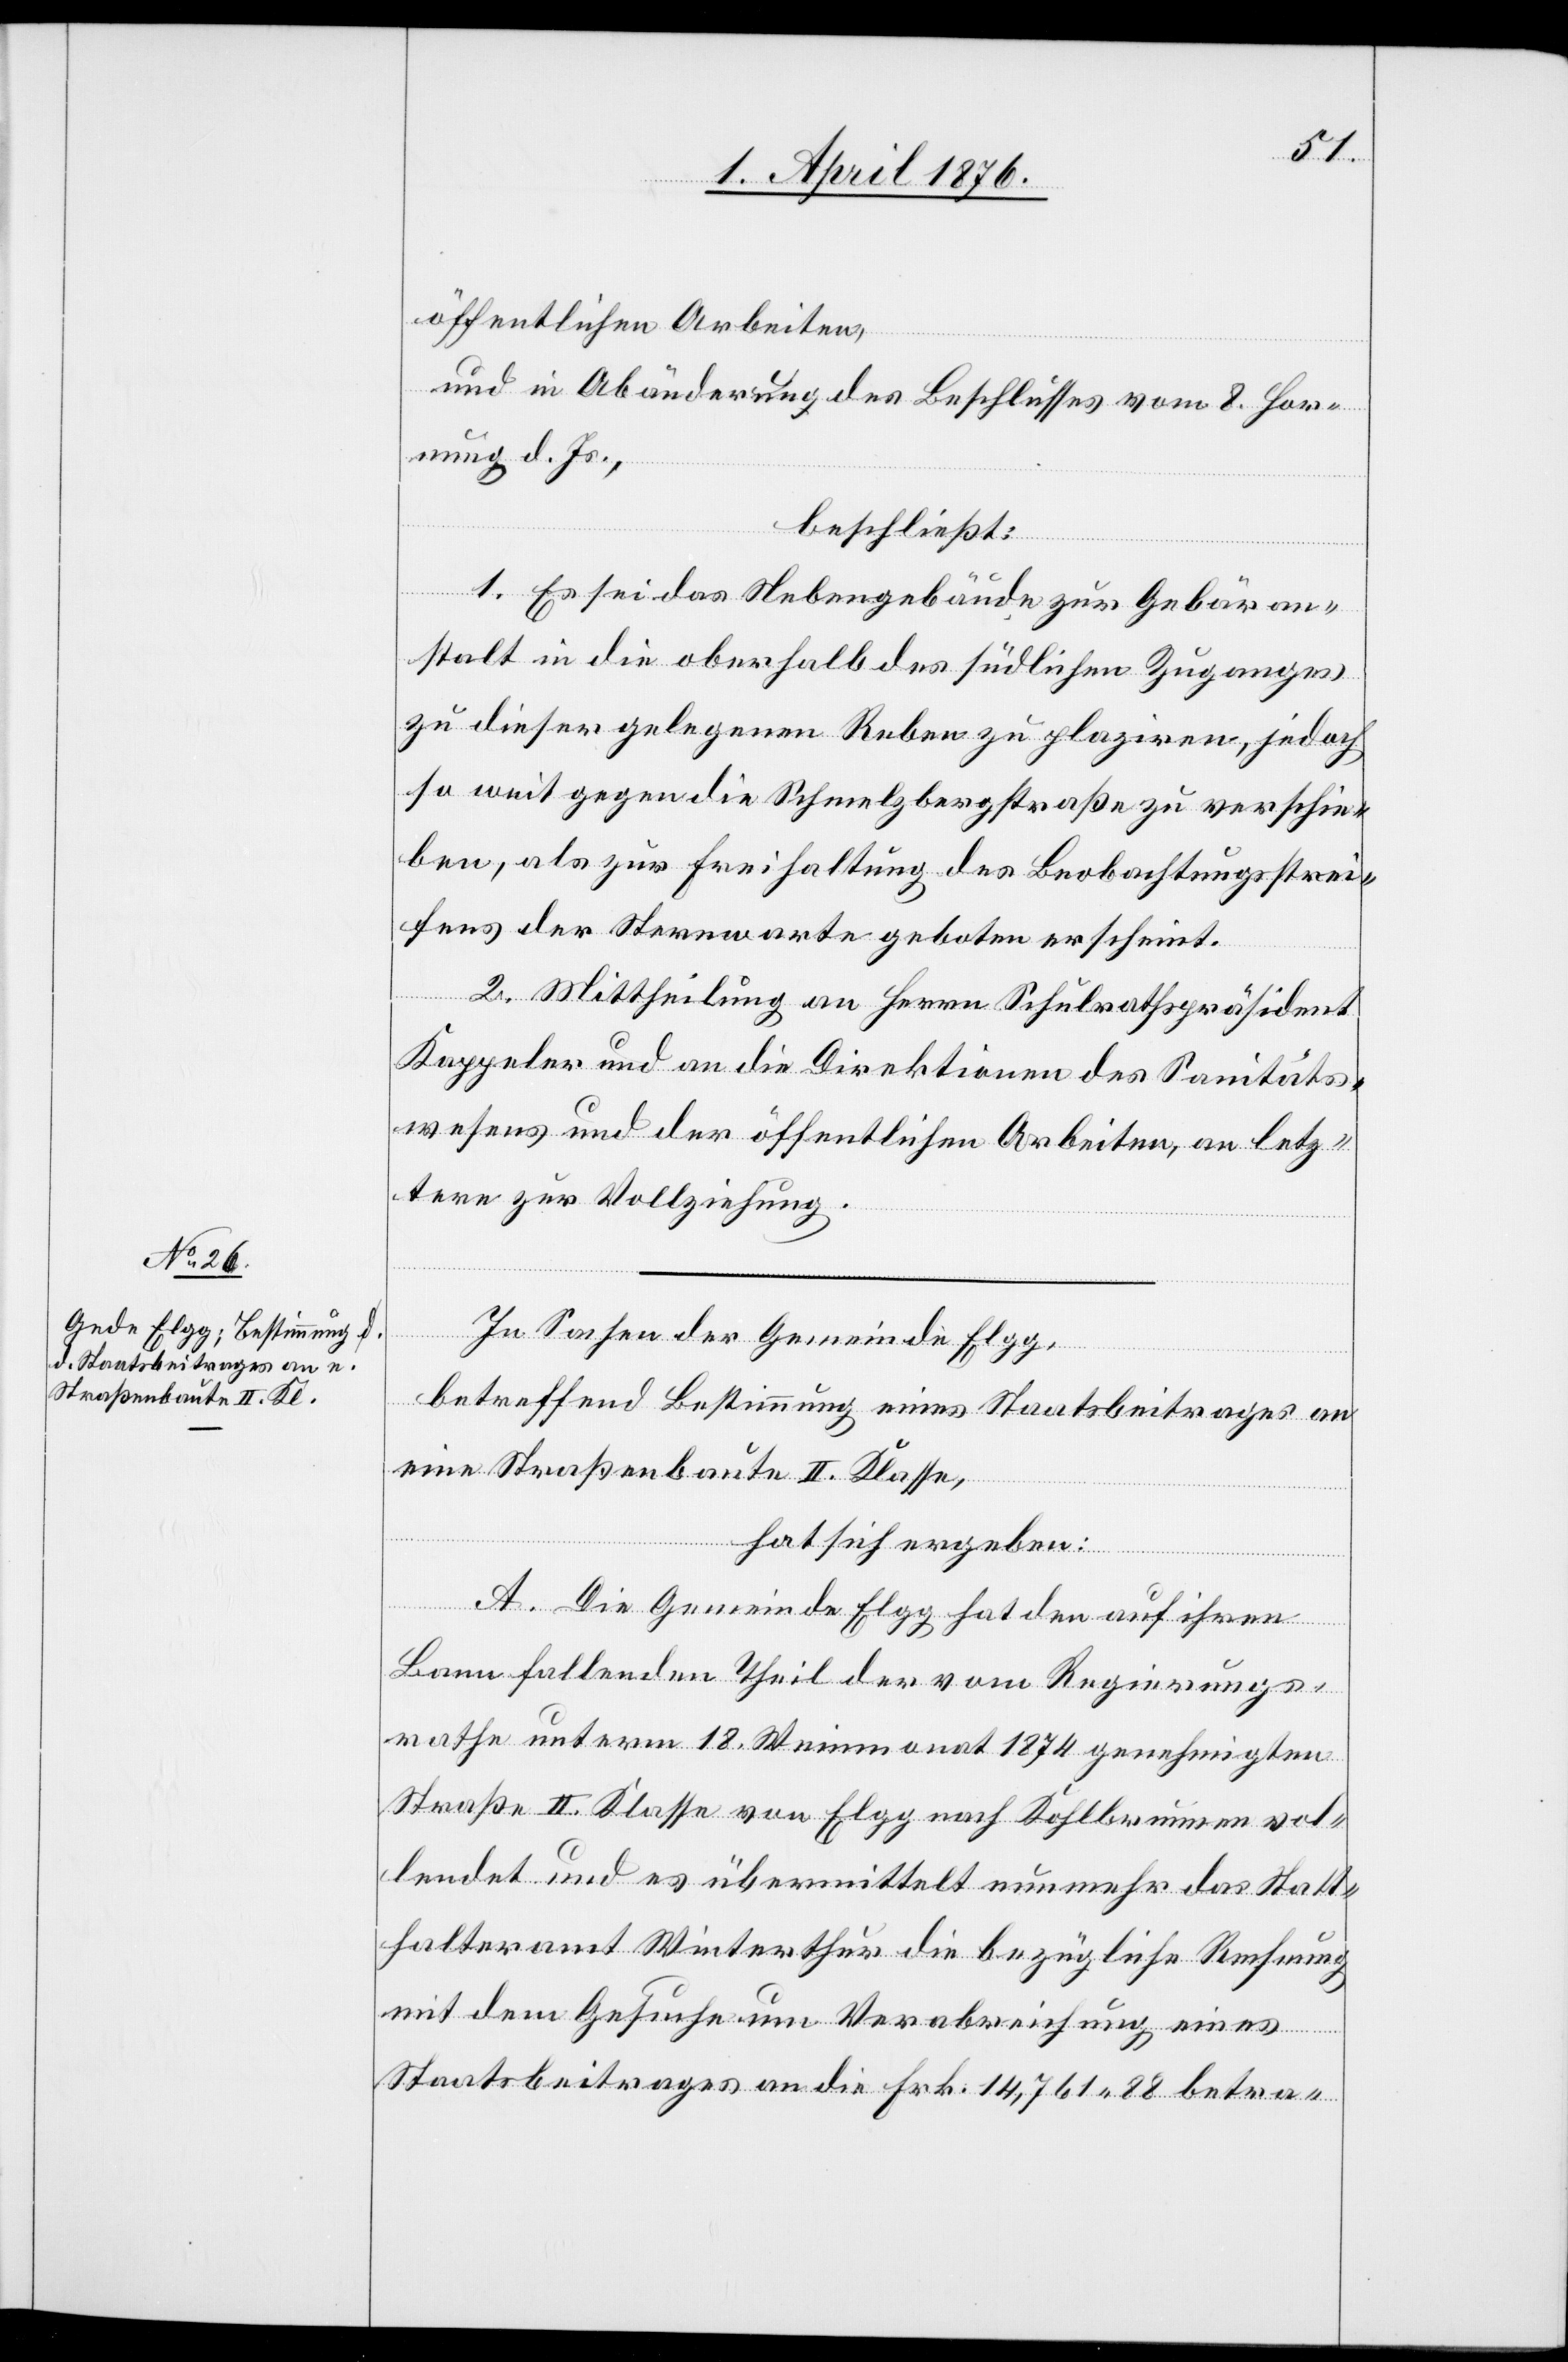
öffentlichen Arbeiten,
und in Abänderung des Beschlusses vom 8. Hor¬
nung d. Js.,
beschließt:
1. Es sei das Nebengebäude zur Gebäran¬
stalt in die oberhalb des südlichen Zuganges
zu dieser gelegenen Rebe zu plaziren, jedoch
so weit gegen die Schmelzbergstraße zu verschie¬
ben, als zur Freihaltung des Beobachtungsstrei¬
fens der Sternwarte geboten erscheint.
2. Mittheilung an Herrn Schulrathspräsident
Kappeler und an die Direktionen des Sanitäts¬
wesens und der öffentlichen Arbeiten, an letz¬
tere zur Vollziehung.
In Sachen der Gemeinde Elgg,
betreffend Bestimmung eines Staatsbeitrages an
eine Straßenbaute II. Klasse,
hat sich ergeben:
A. Die Gemeinde Elgg hat den auf ihren
Bann fallenden Theil der vom Regierungs¬
rathe unterm 18. Weinmonat 1874 genehmigten
Straße II. Klasse von Elgg nach Kohlbrunnen vol¬
lendet und es übermittelt nunmehr das Statt¬
halteramt Winterthur die bezügliche Rechnung
mit dem Gesuche um Verabreichung eines
Staatsbeitrages an die Frk. 14,761 88 betra-